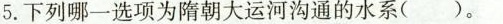
5. 下列哪一选项为隋朝大运河沟通的水系( )。